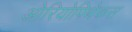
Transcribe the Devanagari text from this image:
ओरियोपिथेकस